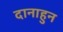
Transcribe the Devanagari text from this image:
दानाहुन